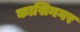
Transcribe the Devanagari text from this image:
कासिनगर